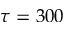
\tau = 3 0 0